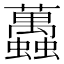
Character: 䘍